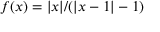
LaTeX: f ( x ) = | x | / ( | x - 1 | - 1 )